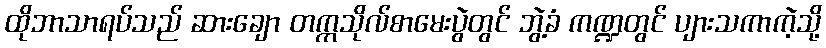
ထိုဘာသာရပ်သည် ဆားချော တက္ကသိုလ်စာမေးပွဲတွင် ဘွဲ့ခံ ကဏ္ဍတွင် ပျားသကာကဲ့သို့